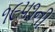
૧૯૫૧ની